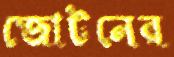
জোটনের